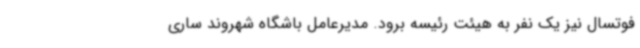
فوتسال نیز یک نفر به هیئت رئیسه برود. مدیرعامل باشگاه شهروند ساری